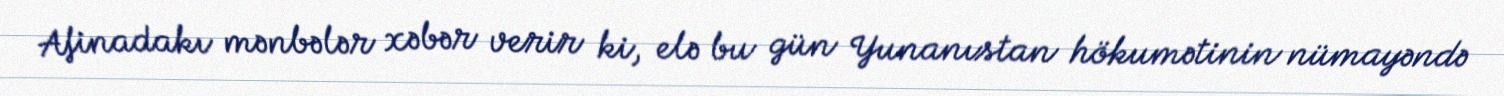
Afinadakı mənbələr xəbər verir ki, elə bu gün Yunanıstan hökumətinin nümayəndə